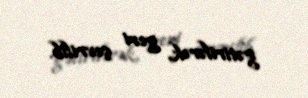
gətirilərək, geri çevrilib.